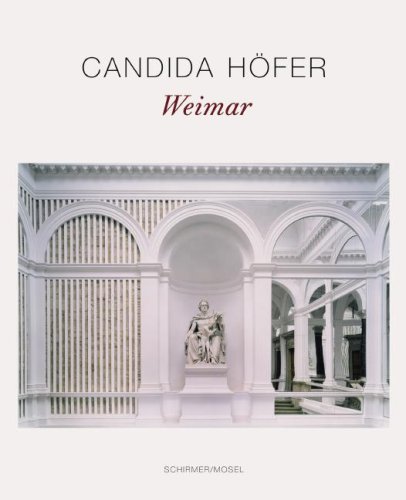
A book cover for Candida HÃ¶fer: Weimar; Candida HÃ¶fer; Health, Fitness & Dieting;